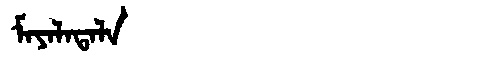
Manchu: ᠮᠠᠶᠠᠯᠠᡨᠠᠯᠠ
Romanization: MAYALATALA